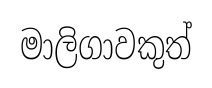
මාලිගාවකුත්